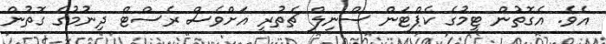
އެވެ. އެގޮތުން ޓީމުގެ ކެޕްޓަން ސްނިލް ޗެތުރީ އަށްވެސް ރެސްޓް ދިނުމުގެ ގޮތުން